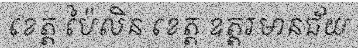
ខេត្ត ប៉ៃលិន ខេត្ត ឧត្តរមានជ័យ